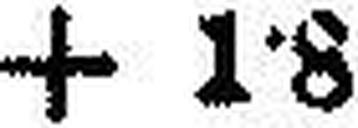
+ 1·8